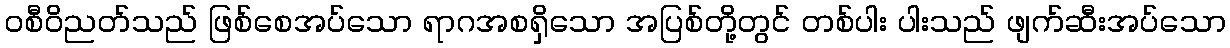
ဝစီဝိညတ်သည် ဖြစ်စေအပ်သော ရာဂအစရှိသော အပြစ်တို့တွင် တစ်ပါး ပါးသည် ဖျက်ဆီးအပ်သော